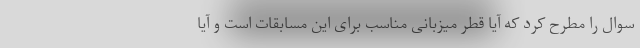
سوال را مطرح کرد که آیا قطر میزبانی مناسب برای این مسابقات است و آیا